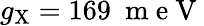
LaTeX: g_{\mathrm{{X}}}=169~\mathrm{~m~e~V~}